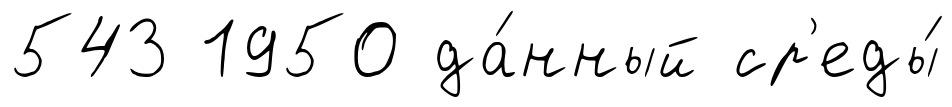
543 1950 да́нный ср'еды́